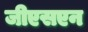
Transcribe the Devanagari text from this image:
जीएसएन